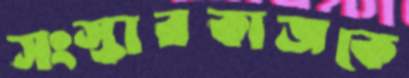
সংস্কারকাজকে